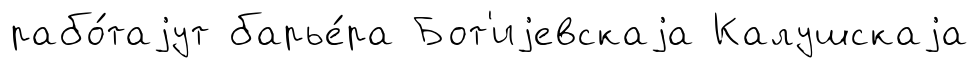
рабо́таjут барье́ра Бот'иjевскаjа Калушскаjа